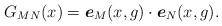
\begin{align*}G_{MN}(x)=\mbox{\boldmath{$e$}}_M(x,g)\cdot\mbox{\boldmath{$e$}}_N(x,g).\end{align*}